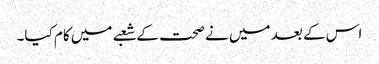
اس کے بعد میں نے صحت کے شعبے میں کام کیا۔